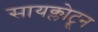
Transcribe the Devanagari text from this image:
सायक्लोट्रून